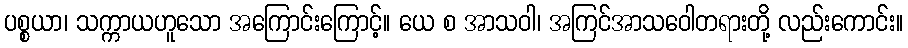
ပစ္စယာ၊ သက္ကာယဟူသော အကြောင်းကြောင့်။ ယေ စ အာသဝါ၊ အကြင်အာသဝေါတရားတို့ လည်းကောင်း။